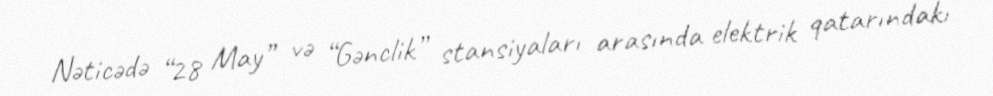
Nəticədə “28 May” və “Gənclik” stansiyaları arasında elektrik qatarındakı